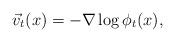
\begin{align*}\vec{v}_t(x) = -\nabla\log \phi_t(x),\end{align*}